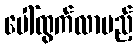
ပေါ်ထွက်လာမည့်